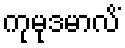
ကုမုဒမာလိံ